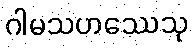
ဂါမသဟဿေသု